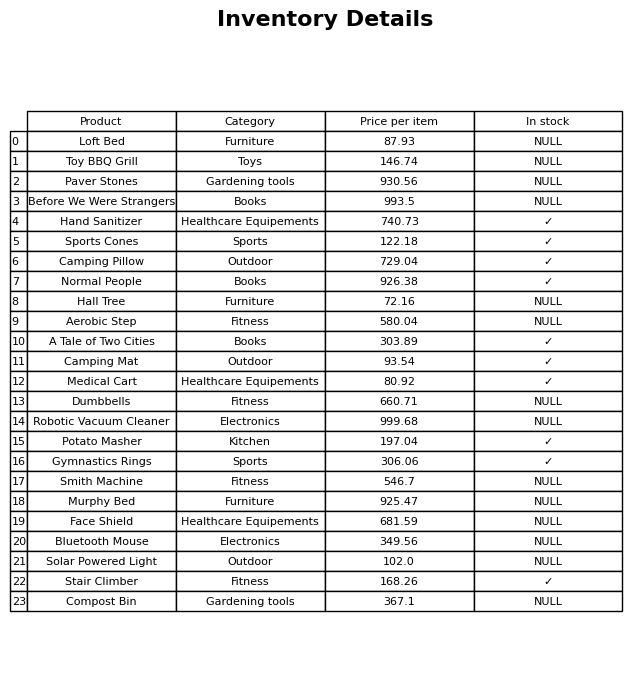
question: What is the price for Bluetooth Mouse?
answer: The price of Bluetooth Mouse is 349.56.